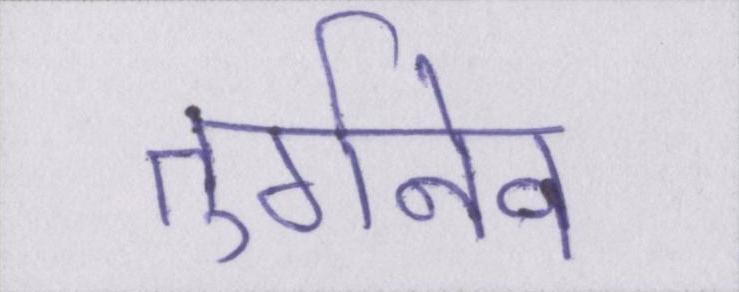
तुर्गनेव